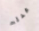
عدلت